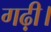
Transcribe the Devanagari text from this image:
गढ़ी।